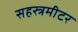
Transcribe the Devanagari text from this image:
सहस्त्रमीटर